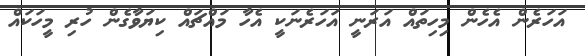
އަހަރެން އެހެން މިހިތައް އަރަނީ އަހަރެނަކީ އެހާ މައްޗައް ކިޔަވާގެން ހުރި މީހަކައް